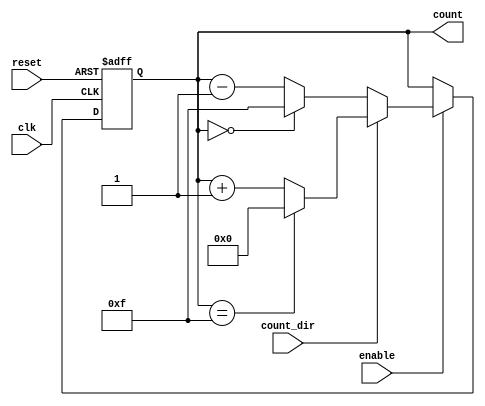
module binary_counter (
    input wire clk,          // Clock signal
    input wire reset,        // Asynchronous reset signal
    input wire enable,       // Enable signal for counting
    input wire count_dir,    // Count direction: 1 for up, 0 for down
    output reg [3:0] count   // 4-bit count output
);

    // Asynchronous reset
    always @(posedge clk or posedge reset) begin
        if (reset) begin
            count <= 4'b0000; // Reset count to 0
        end else if (enable) begin
            if (count_dir) begin
                // Count up
                if (count == 4'b1111) begin
                    count <= 4'b0000; // Wrap around to 0
                end else begin
                    count <= count + 1; // Increment count
                end
            end else begin
                // Count down
                if (count == 4'b0000) begin
                    count <= 4'b1111; // Wrap around to max value
                end else begin
                    count <= count - 1; // Decrement count
                end
            end
        end
    end

endmodule